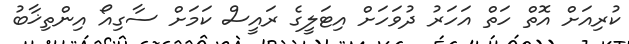
ކުރިއަށް އޮތް ހަތް އަހަރު ދުވަހަށް އިޓަލީގެ ރައީސް ކަމަށް ސާގިއޯ އިންތިޚާބު